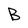
Character: B